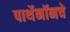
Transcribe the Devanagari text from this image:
पार्थेनॉनचे